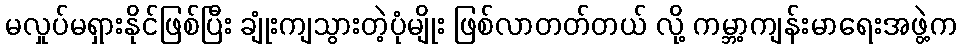
မလှုပ်မရှားနိုင်ဖြစ်ပြီး ချုံးကျသွားတဲ့ပုံမျိုး ဖြစ်လာတတ်တယ် လို့ ကမ္ဘာ့ကျန်းမာရေးအဖွဲ့က